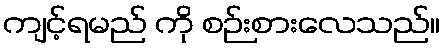
ကျင့်ရမည် ကို စဉ်းစားလေသည်။